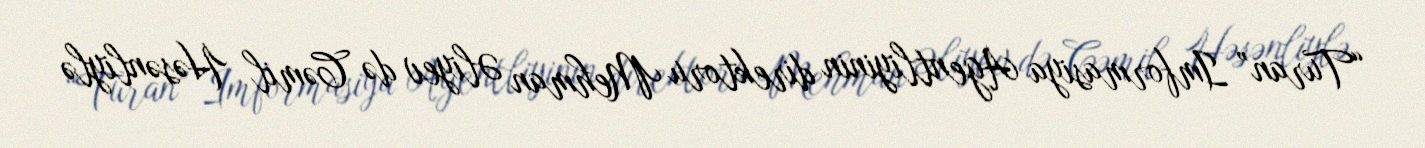
“Turan” Imformasiya Agentliyinin direktoru Mehman Əliyev də Cəmil Həsənliylə